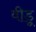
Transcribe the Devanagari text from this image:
वीडू